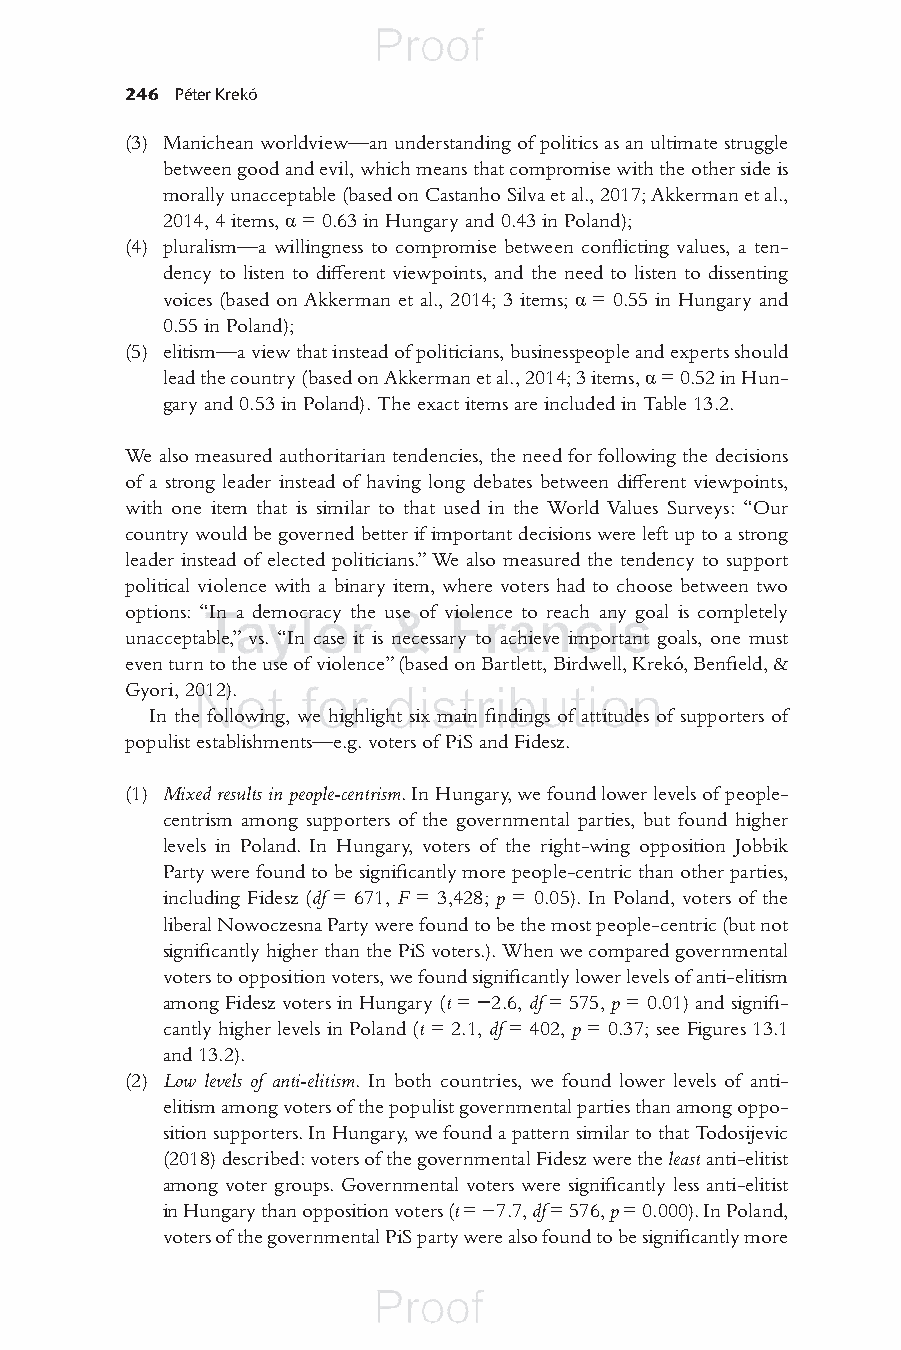
246 Péter Krekó
 (3) Manichean worldview—an understanding of politics as an ultimate struggle
 between good and evil, which means that compromise with the other side is
 morally unacceptable (based on Castanho Silva et al., 2017 ; Akkerman et al.,
 2014 , 4 items, α = 0.63 in Hungary and 0.43 in Poland);
 (4) pluralism—a willingness to compromise between confl icting values, a ten-
 dency to listen to diff erent viewpoints, and the need to listen to dissenting
 voices (based on Akkerman et al., 2014; 3 items; α = 0.55 in Hungary and
 0.55 in Poland);
 (5) elitism—a view that instead of politicians, businesspeople and experts should
 lead the country (based on Akkerman et al., 2014; 3 items, α = 0.52 in Hun-
 gary and 0.53 in Poland). The exact items are included in T able 13.2.
 We also measured authoritarian tendencies, the need for following the decisions
 of a strong leader instead of having long debates between diff erent viewpoints,
 with one item that is similar to that used in the World Values Surveys: “Our
 country would be governed better if important decisions were left up to a strong
 leader instead of elected politicians.” We also measured the tendency to support
 political violence with a binary item, where voters had to choose between two
 options: “In a democracy the use of violence to reach any goal is completely
 unacceptable,” vs. “In case it is necessary to achieve important goals, one must
 even turn to the use of violence” (based on B artlett, Birdwell, Krekó, Benfi eld, &
 Gyori, 2012 ).
 In the following, we highlight six main fi ndings of attitudes of supporters of
 populist establishments—e.g. voters of PiS and Fidesz.
 (1) Mixed results in people-centrism . In Hungary, we found lower levels of people-
 centrism among supporters of the governmental parties, but found higher
 levels in Poland. In Hungary, voters of the right-wing opposition Jobbik
 Party were found to be signifi cantly more people-centric than other parties,
 including Fidesz ( df = 671, F = 3,428; p = 0.05). In Poland, voters of the
 liberal Nowoczesna Party were found to be the most people-centric (but not
 signifi cantly higher than the PiS voters.). When we compared governmental
 voters to opposition voters, we found signifi cantly lower levels of anti-elitism
 among Fidesz voters in Hungary (t = − 2.6, df = 575, p = 0.01) and signifi -
 cantly higher levels in Poland ( t = 2.1, df = 402, p = 0.37; see Figures 13.1
 and 13.2).
 (2) Low levels of anti-elitism . In both countries, we found lower levels of anti-
 elitism among voters of the populist governmental parties than among oppo-
 sition supporters. In Hungary, we found a pattern similar to that T odosijevic
 (2018 ) described: voters of the governmental Fidesz were the l east anti-elitist
 among voter groups. Governmental voters were signifi cantly less anti-elitist
 in Hungary than opposition voters (t = −7.7, df = 576, p = 0.000). In Poland,
 voters of the governmental PiS party were also found to be signifi cantly more